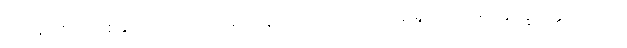
သာမဏေကိုစေခိုင်းတတ်သော ရဟန်းကို။ အာဘတံ၊ ရှေးရှုဆောင်၍။ နိက္ခိတ္တောယထာ၊